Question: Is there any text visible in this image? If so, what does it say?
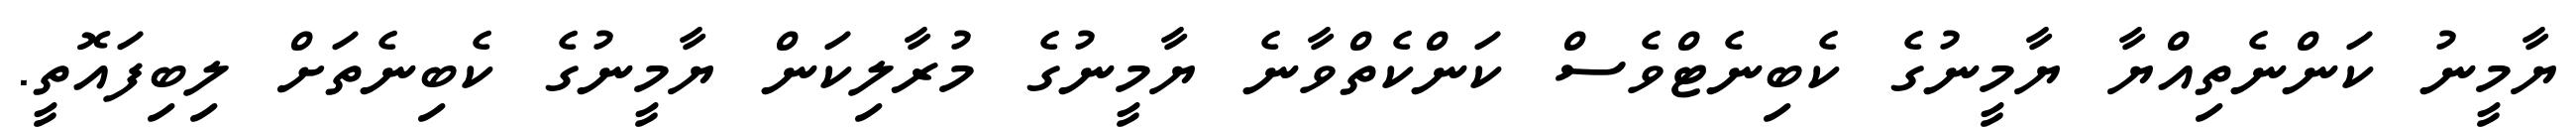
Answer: ޔާމީނު ކަންނެތިއްޔާ ޔާމީނުގެ ކެބިނެޓްވެސް ކަންކެތްވާނެ ޔާމީނުގެ މުރާލިކަން ޔާމީނުގެ ކެބިނެތަށް ލިބިފައޮތީ.